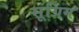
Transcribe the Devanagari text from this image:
सूग्रिम